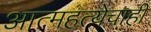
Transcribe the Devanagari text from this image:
आत्महत्येचाही